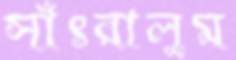
সাঁৎরালুম